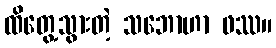
ထိတွေ့သွားတဲ့ သဘောဟာ ဖဿ။